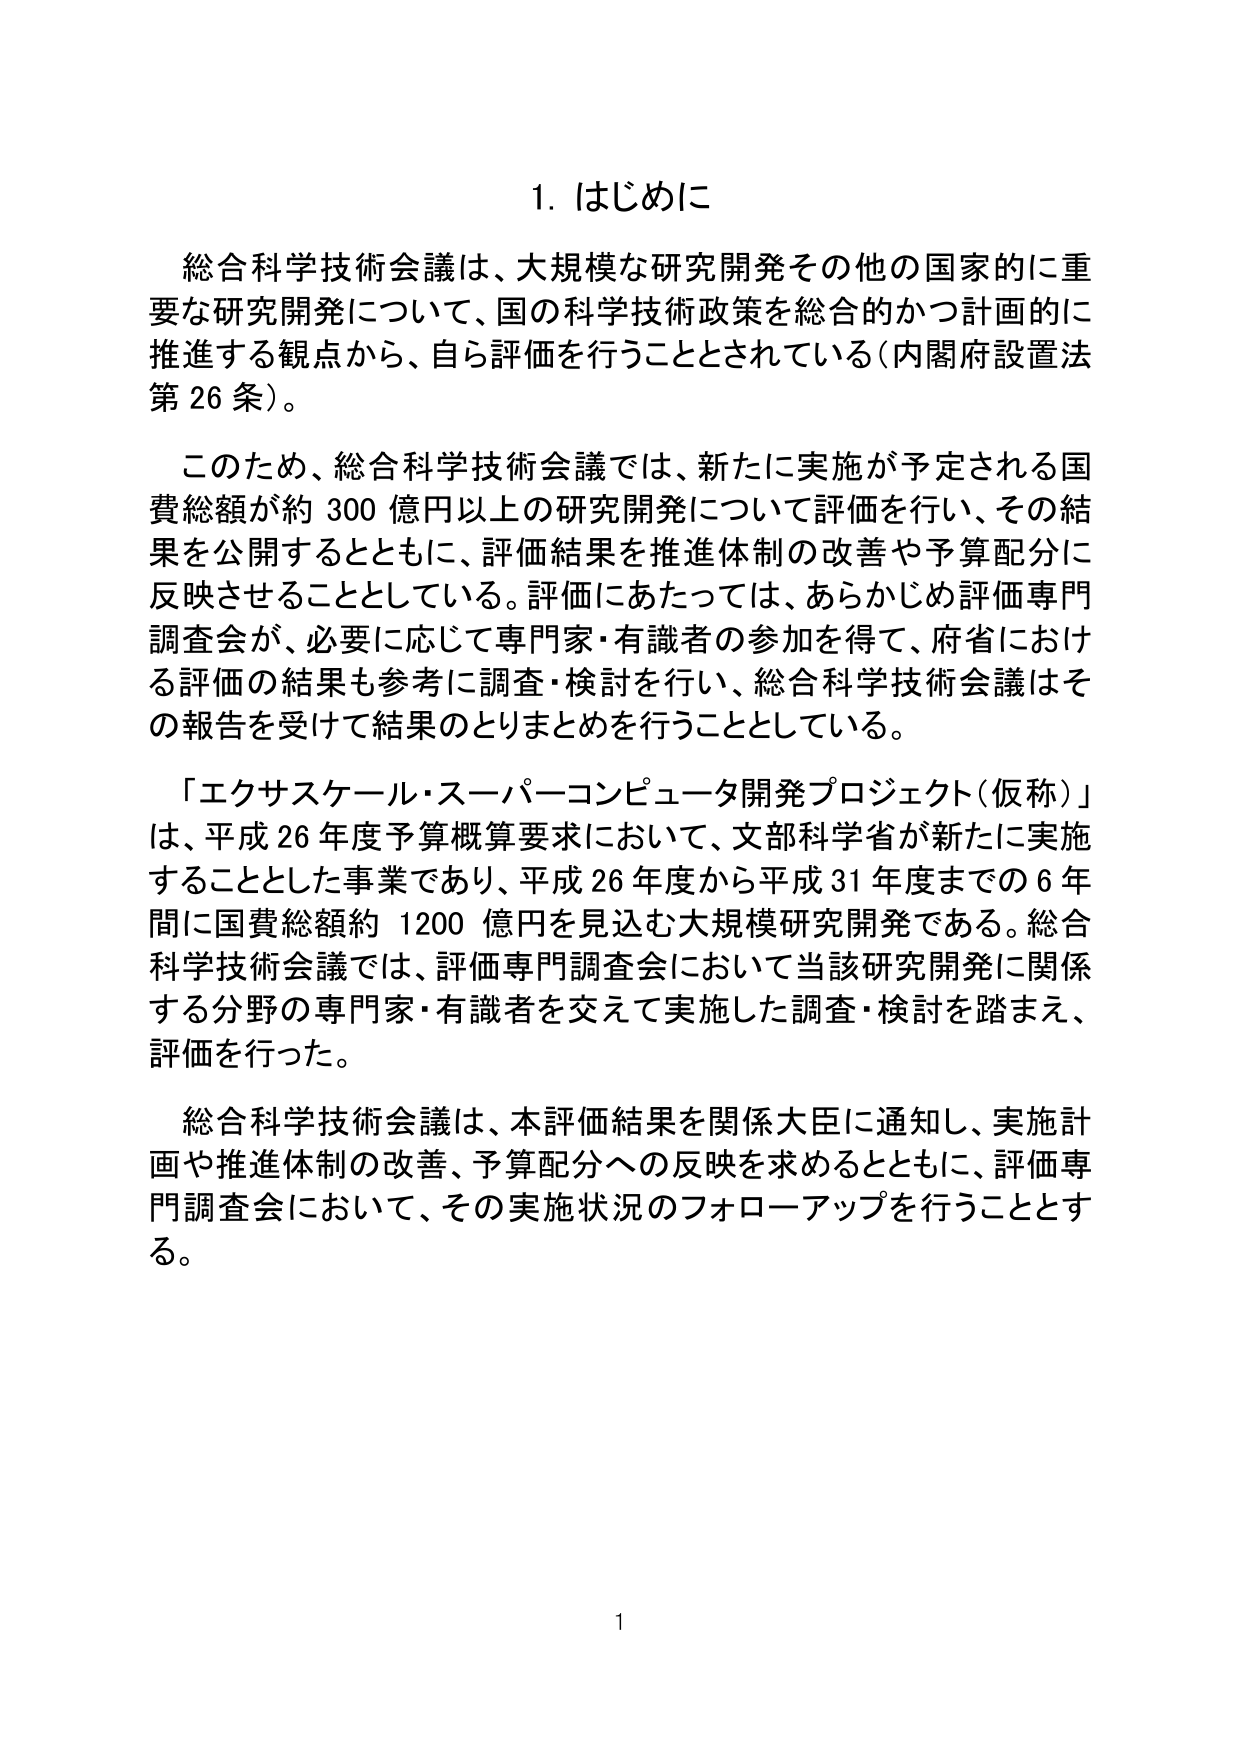
1. はじめに

総合科学技術会議は、大規模な研究開発その他の国家的に重要な研究開発について、国の科学技術政策を総合的かつ計画的に推進する観点から、自ら評価を行うこととされている（内閣府設置法第26条）。

このため、総合科学技術会議では、新たに実施が予定される国費総額が約300億円以上の研究開発について評価を行い、その結果を公開するとともに、評価結果を推進体制の改善や予算配分に反映させることとしている。評価にあたっては、あらかじめ評価専門調査会が、必要に応じて専門家・有識者の参加を得て、府省における評価の結果も参考に調査・検討を行い、総合科学技術会議はその報告を受けて結果のとりまとめを行うこととしている。

「エクサスケール・スーパーコンピュータ開発プロジェクト（仮称）」は、平成26年度予算概算要求において、文部科学省が新たに実施することとした事業であり、平成26年度から平成31年度までの6年間に国費総額約1200億円を見込む大規模研究開発である。総合科学技術会議では、評価専門調査会において当該研究開発に関係する分野の専門家・有識者を交えて実施した調査・検討を踏まえ、評価を行った。

総合科学技術会議は、本評価結果を関係大臣に通知し、実施計画や推進体制の改善、予算配分への反映を求めるとともに、評価専門調査会において、その実施状況のフォローアップを行うこととする。

1